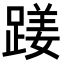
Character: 𨃇